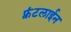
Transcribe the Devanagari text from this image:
फ़्रंटलाईन